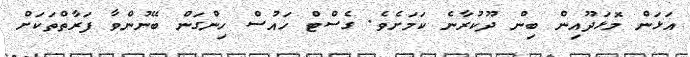
އަޅަން މޮޅަދޫއިން ބިން ދޫކުރާނެ ކަމަށެވެ. ގެސްޓް ހައުސް ހިންގަން ބޭނުންވާ ފަރާތްތަކަށް